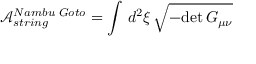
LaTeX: \mathcal { A } _ { s t r i n g } ^ { N a m b u \, \, G o t o } = \int \, d ^ { 2 } \xi \, \sqrt { - \mathrm { d e t } \, G _ { \mu \nu } }